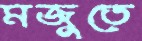
মজুতে